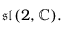
{ \mathfrak { s l } } ( 2 , \mathbb { C } ) .